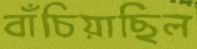
বাঁচিয়াছিল